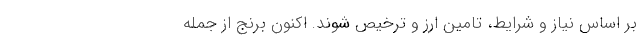
بر اساس نیاز و شرایط، تامین ارز و ترخیص شوند. اکنون برنج از جمله